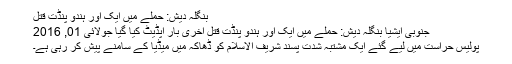
بنگلہ دیش: حملے میں ایک اور ہندو پنڈت قتل
جنوبی ایشیا بنگلہ دیش: حملے میں ایک اور ہندو پنڈت قتل آخری بار اپڈیٹ کیا گیا جولائی 01, 2016
پولیس حراست میں لیے گئے ایک مشتبہ شدت پسند شریف الاسلام کو ڈھاکہ میں میڈیا کے سامنے پیش کر رہی ہے۔